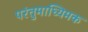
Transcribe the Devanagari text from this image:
परंतुमाध्यिमक